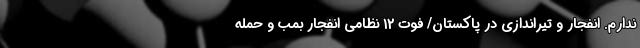
ندارم. انفجار و تیراندازی در پاکستان/ فوت 12 نظامی انفجار بمب و حمله